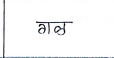
मजकूर: गळ